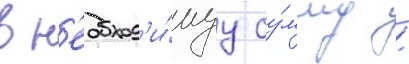
в н'еобход'и́муу су́мму /